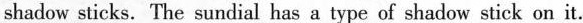
shadow sticks. The sundial has a type of shadow stick on it.